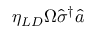
\eta _ { L D } \Omega \hat { \sigma } ^ { \dag } \hat { a }